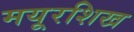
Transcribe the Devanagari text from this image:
मयूरशिख